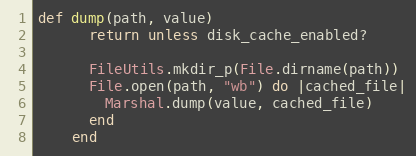
Language: Ruby
def dump(path, value)
      return unless disk_cache_enabled?

      FileUtils.mkdir_p(File.dirname(path))
      File.open(path, "wb") do |cached_file|
        Marshal.dump(value, cached_file)
      end
    end